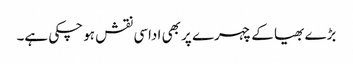
بڑے بھیا کے چہرے پر بھی اداسی نقش ہو چکی ہے۔